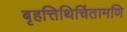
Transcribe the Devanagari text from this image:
बृहत्तिथिचिंतामणि